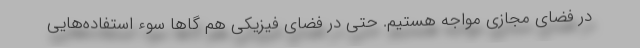
در فضای مجازی مواجه هستیم. حتی در فضای فیزیکی هم گاها سوء استفاده‌هایی